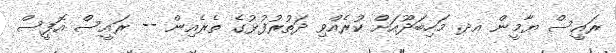
ރައީސް ޔާމީން އދ. މަހިބަދޫއަށް ކުރެއްވި ދަތުރުފުޅުގެ ތެރެއިން -- ރައީސް އޮފީސް